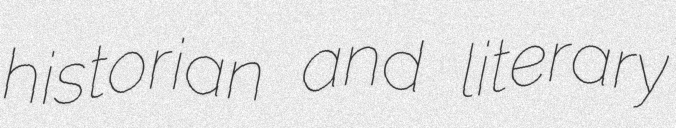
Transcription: historian and literary